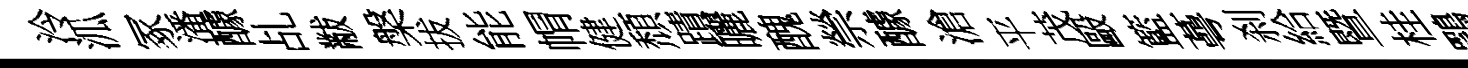
泠泒冢潘醵乩黻槃拔能㡌健頹蹟曬醜禜醵滄平茂毆籃蕚刹給暨桂鶚